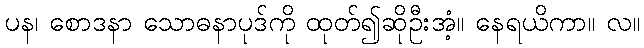
ပန၊ စောဒနာ သောဓနာပုဒ်ကို ထုတ်၍ဆိုဦးအံ့။ နေရယိကာ။ လ။